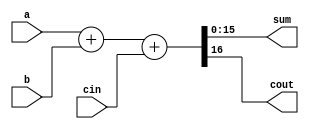
module add16 (
    input  wire [15: 0] a,
    input  wire [15: 0] b,
    input  wire         cin,
    output wire [15: 0] sum,
    output wire         cout
);
    assign {cout, sum} = a + b + cin;
endmodule


module top_module (
    input  wire [31: 0] a,
    input  wire [31: 0] b,
    output wire [31: 0] sum
);
    wire c;

    add16 low (
        .a       (a[15: 0]  ),
        .b       (b[15: 0]  ),
        .cin     (1'b0      ),
        .sum     (sum[15: 0]),
        .cout    (c         )
    );
    add16 high (
        .a      (a[31:16]  ),
        .b      (b[31:16]  ),
        .cin    (c         ),
        .sum    (sum[31:16])
    );
endmodule